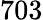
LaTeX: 703